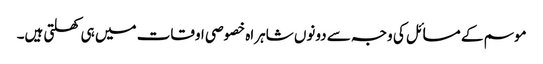
موسم کے مسائل کی وجہ سے دونوں شاہراہ خصوصی اوقات میں ہی کھلتی ہیں۔